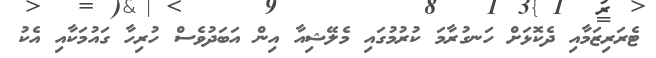
ޓެރަރިޒަމާއި ދެކޮޅަށް ހަނގުރާމަ ކުރުމުގައި މެލޭޝިއާ އިން އަބަދުވެސް ހުރިހާ ގައުމަކާއި އެކު